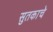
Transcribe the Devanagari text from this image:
सुतकाचे